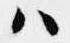
ハ